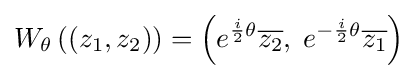
W_{\theta }\left(\left(z_{1},z_{2}\right)\right)=\left(e^{{\frac {i}{2}}\theta }{\overline {z_{2}}},\;e^{-{\frac {i}{2}}\theta }{\overline {z_{1}}}\right)